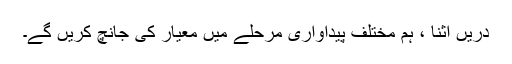
دریں اثنا ، ہم مختلف پیداواری مرحلے میں معیار کی جانچ کریں گے۔